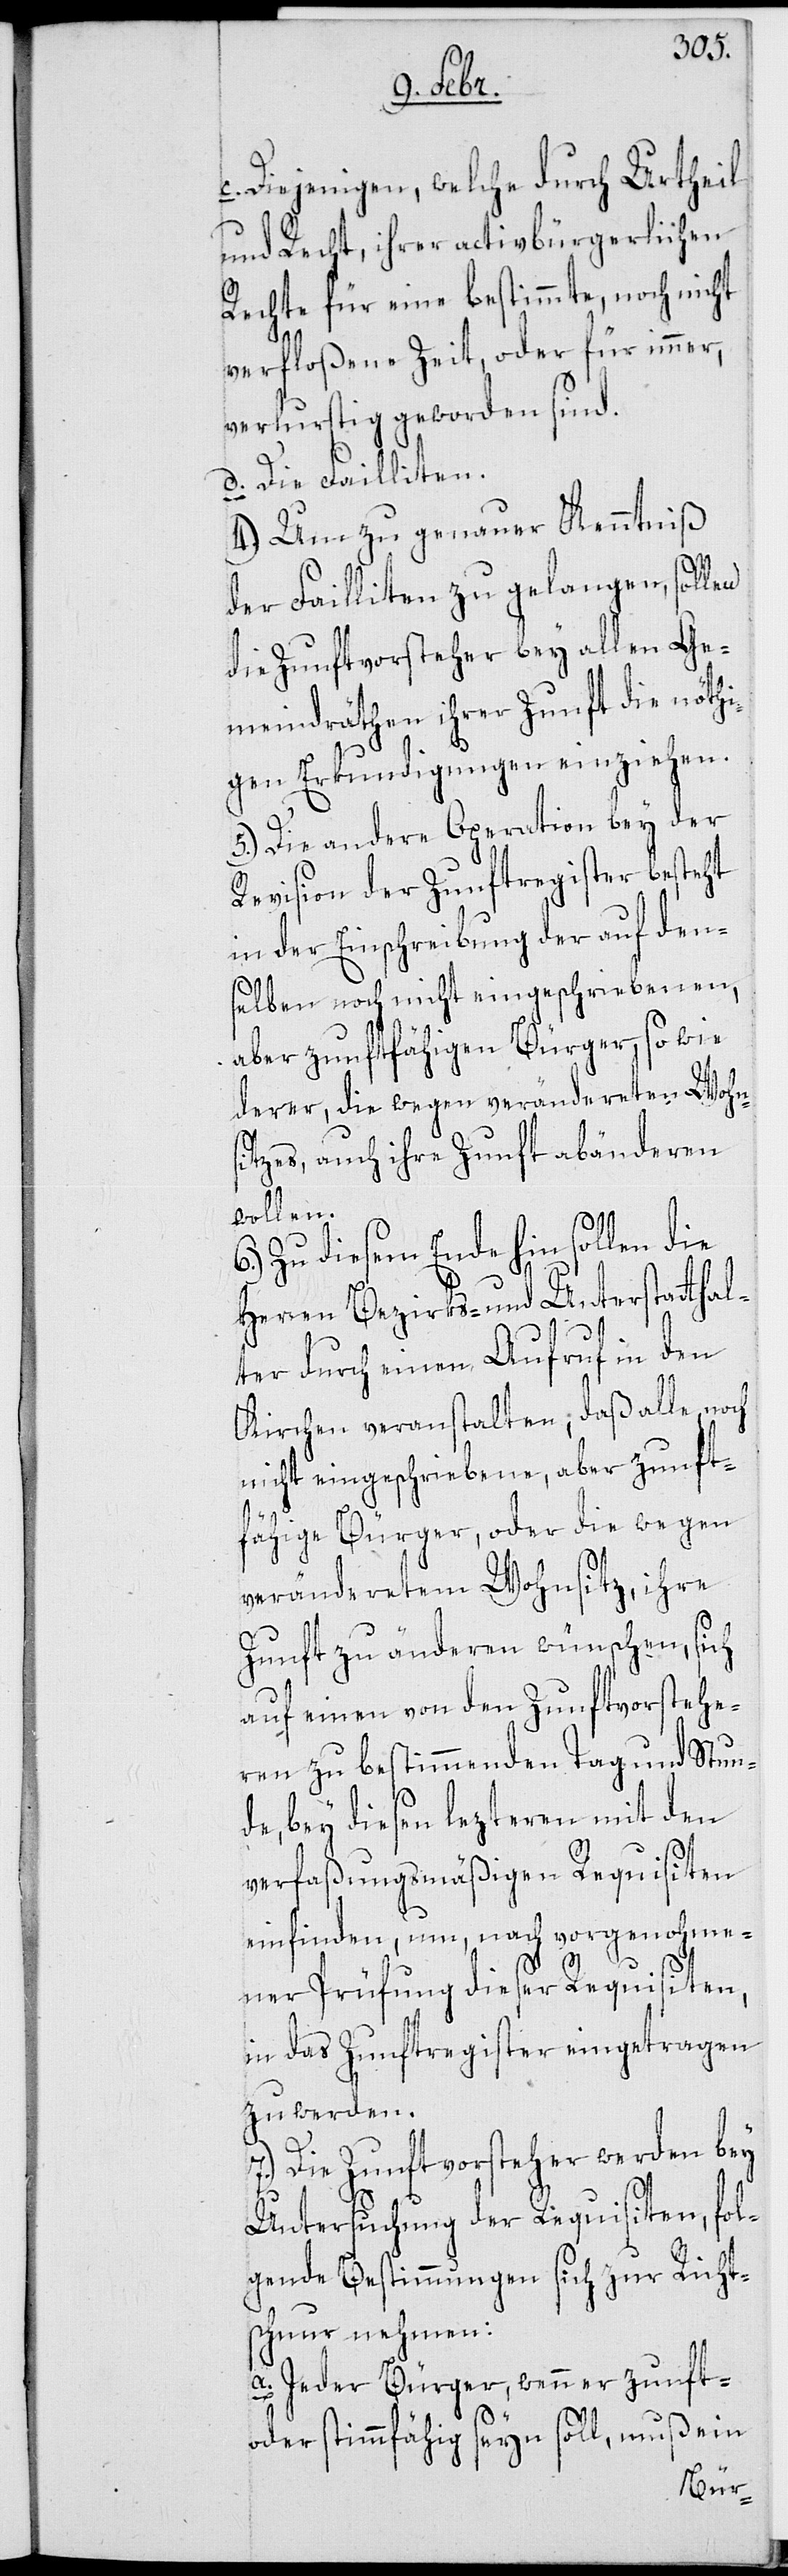
c. Diejenigen, welche durch Urtheil
und Recht, ihren activbürgerlichen
Rechte für eine bestimmte, noch nicht
verfloßene Zeit, oder für immer,
verlurstig geworden sind.
d. Die Failliten.
4.) Um zu genauer Kenntniß
der Failliten zu gelangen, sollen
die Zunftvorsteher bey allen Ge¬
meindräthen ihrer Zunft die nöthi¬
gen Erkundigungen einziehen.
5.) Die andere Operation bey der
Revision der Zunftregister besteht
in der Einschreibung der auf den¬
selben noch nicht eingeschriebenen,
aber zunftfähigen Bürger, so wie
derer, die wegen veränderten Wohn¬
sitzes, auch ihre Zunft abänderen
wollen.
6.) Zu diesem Ende hin sollen die
Herren Bezirks- und Unterstatthal¬
ter durch einen Aufruf in den
Kirchen veranstalten, daß alle noch
nicht eingeschriebene, aber zunft¬
fähige Bürger, oder die wegen
verändertem Wohnsitz, ihre
Zunft zu änderen wünschen, sich
auf einen von den Zunftvorstehe¬
ren zu bestimmenden Tag und Stun¬
de, bey diesen lezteren mit den
verfaßungsmäßigen Requisiten
einfinden, um, nach vorgenohme¬
ner Prüfung dieser Requisiten,
in das Zunftregister eingetragen
zu werden.
7.) Die Zunftvorsteher werden bey
Untersuchung der Requisiten, fol¬
gende Bestimmungen sich zur Richt¬
schnur nehmen:
a. Jeder Bürger, wenn er zunft-
oder stimmfähig seyn soll, muß ein